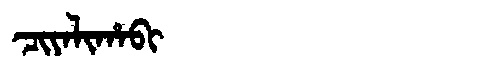
Manchu: ᠴᡳᠶᠠᠯᡳᡥᠠᠪᡳ
Romanization: CIYALIHABI